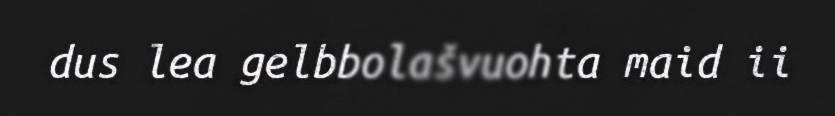
dus lea gelbbolašvuohta maid ii